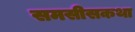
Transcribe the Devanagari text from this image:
समसीसकथा